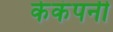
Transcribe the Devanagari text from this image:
केकंपनी